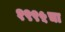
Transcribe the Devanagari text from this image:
१९९५चा